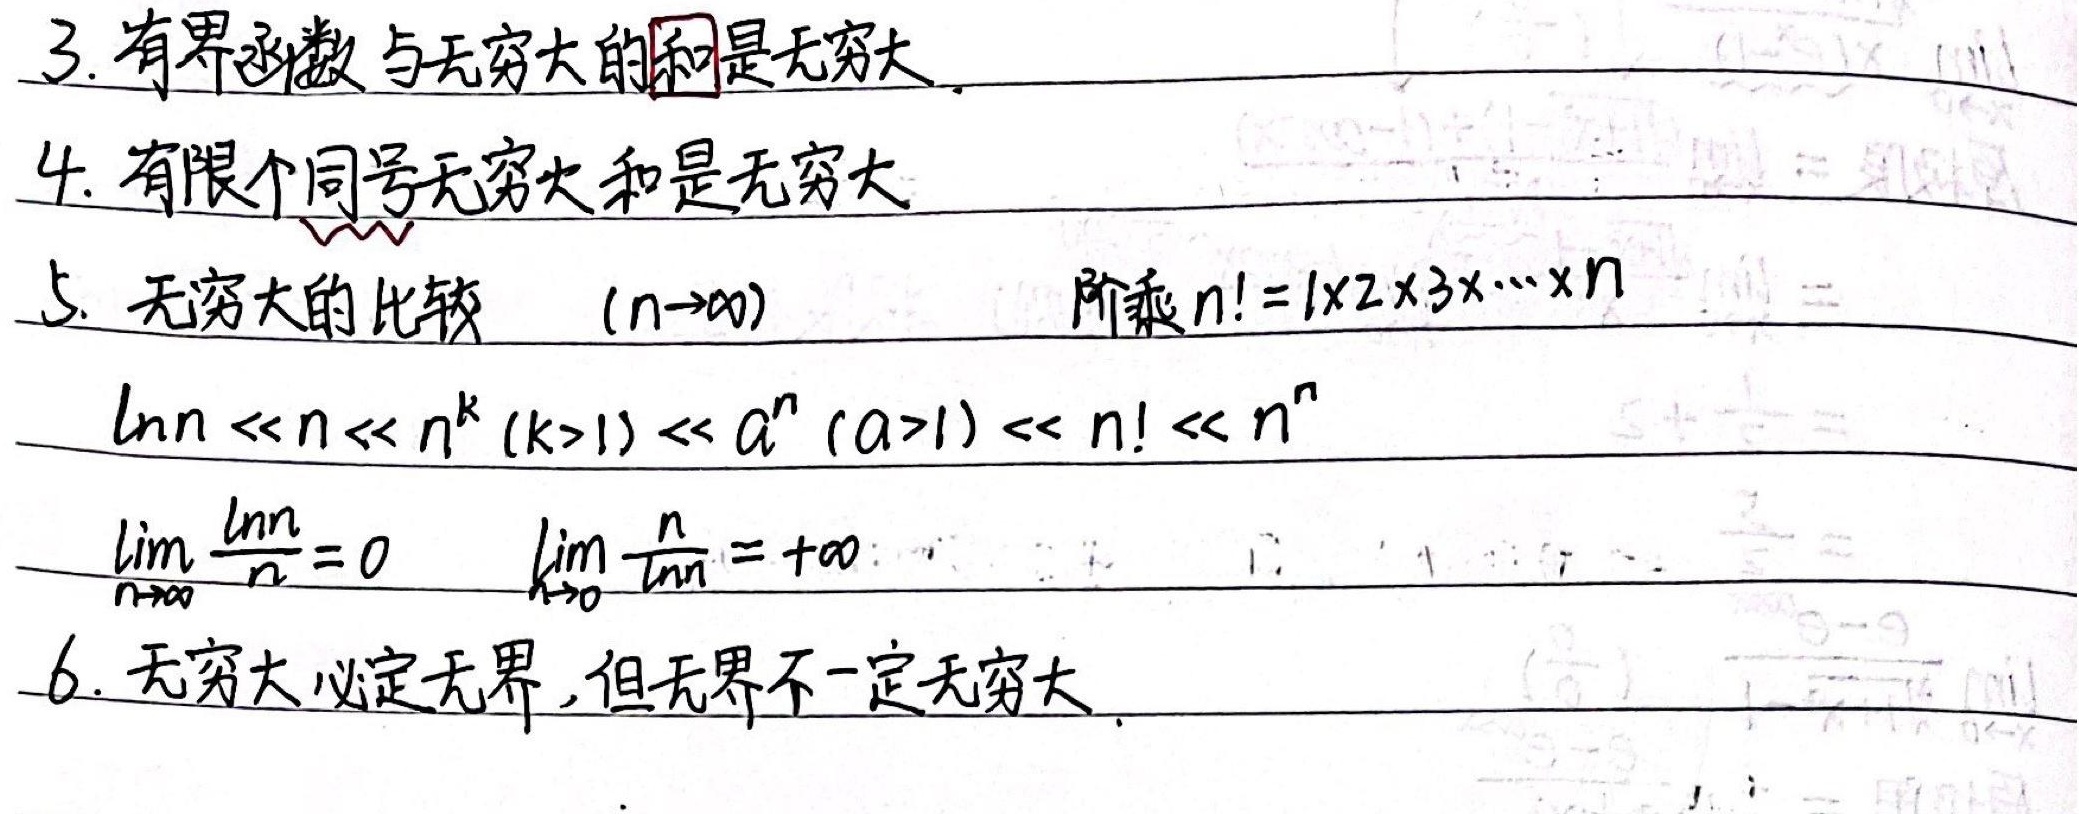
3. 有界函数与无穷大的和是无穷大。
4. 有限个同号无穷大和是无穷大
5. 无穷大的比较 \((n \to \infty)\)
阶乘 \(n! = 1\times2\times3\times\cdots\times n\)
\(\ln n \ll n \ll n^{k}(k > 1)\ll a^{n}(a > 1)\ll n! \ll n^{n}\)
\(\lim_{n \to \infty}\frac{\ln n}{n}=0\)
\(\lim_{n \to \infty}\frac{n}{\ln n}=+\infty\)
6. 无穷大必定无界，但无界不一定无穷大。